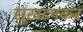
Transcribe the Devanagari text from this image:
सुखटनकर